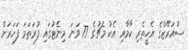
ސުއަރޭޒްގެ އެހީތެރި ކާމާއި އެކު މެޗުގެ 77 ވަނަ މިނެޓުގައި ފުރަތަމަ ފަހަރަށް